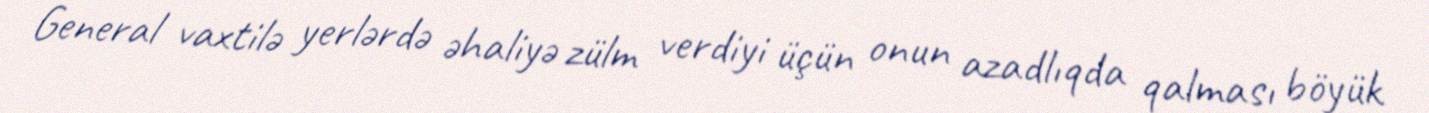
General vaxtilə yerlərdə əhaliyə zülm verdiyi üçün onun azadlıqda qalması böyük